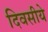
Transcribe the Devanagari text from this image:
दिवसीये